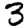
Digit: 3